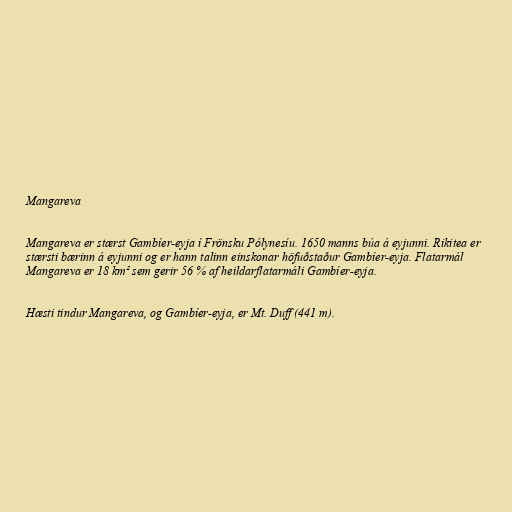
Mangareva

Mangareva er stærst Gambíer-eyja í Frönsku Pólynesíu. 1650 manns búa á eyjunni. Rikitea er
stærsti bærinn á eyjunni og er hann talinn einskonar höfuðstaður Gambíer-eyja. Flatarmál
Mangareva er 18 km² sem gerir 56 % af heildarflatarmáli Gambíer-eyja.

Hæsti tindur Mangareva, og Gambíer-eyja, er Mt. Duff (441 m).